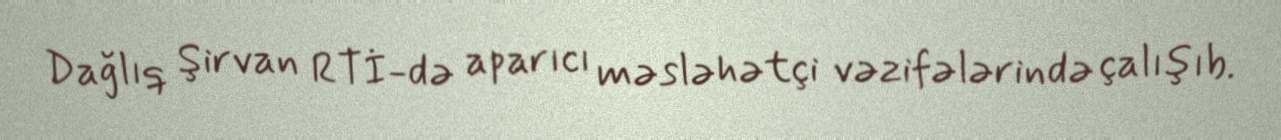
Dağlıq Şirvan RTİ-də aparıcı məsləhətçi vəzifələrində çalışıb.